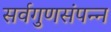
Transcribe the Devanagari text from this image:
सर्वगुणसंपन्‍न